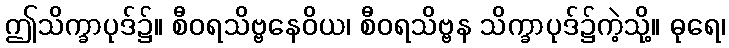
ဤသိက္ခာပုဒ်၌။ စီဝရသိဗ္ဗနေဝိယ၊ စီဝရသိဗ္ဗန သိက္ခာပုဒ်၌ကဲ့သို့။ ဓုရေ၊